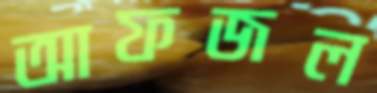
আফজল